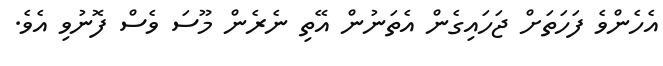
އެހެންވެ ފަހަތަށް ޖަހައިގެން އެތަނުން އޭތި ނެރެން މޫސަ ވެސް ފޮނުވި އެވެ.